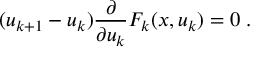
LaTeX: ( u _ { k + 1 } - u _ { k } ) \frac { \partial } { \partial u _ { k } } F _ { k } ( x , u _ { k } ) = 0 \; .